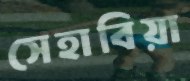
সেহাবিয়া